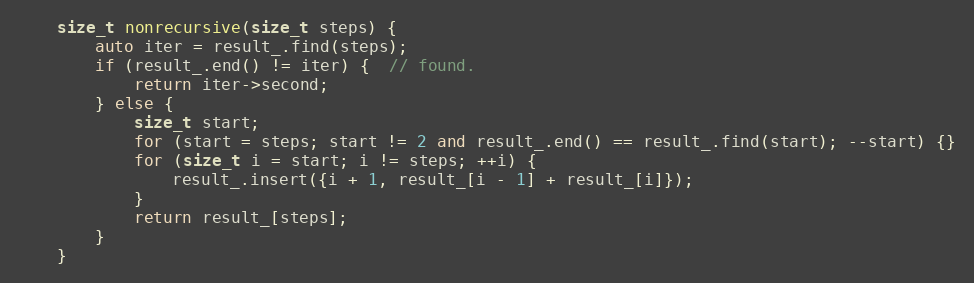
Language: C++
    size_t nonrecursive(size_t steps) {
        auto iter = result_.find(steps);
        if (result_.end() != iter) {  // found.
            return iter->second;
        } else {
            size_t start;
            for (start = steps; start != 2 and result_.end() == result_.find(start); --start) {}
            for (size_t i = start; i != steps; ++i) {
                result_.insert({i + 1, result_[i - 1] + result_[i]});
            }
            return result_[steps];
        }
    }